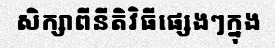
សិក្សាពីនីតិវិធីផ្សេងៗក្នុង